Vaccine operations Central Provinces 1886-1899 - 1886-1899
Year: 1886
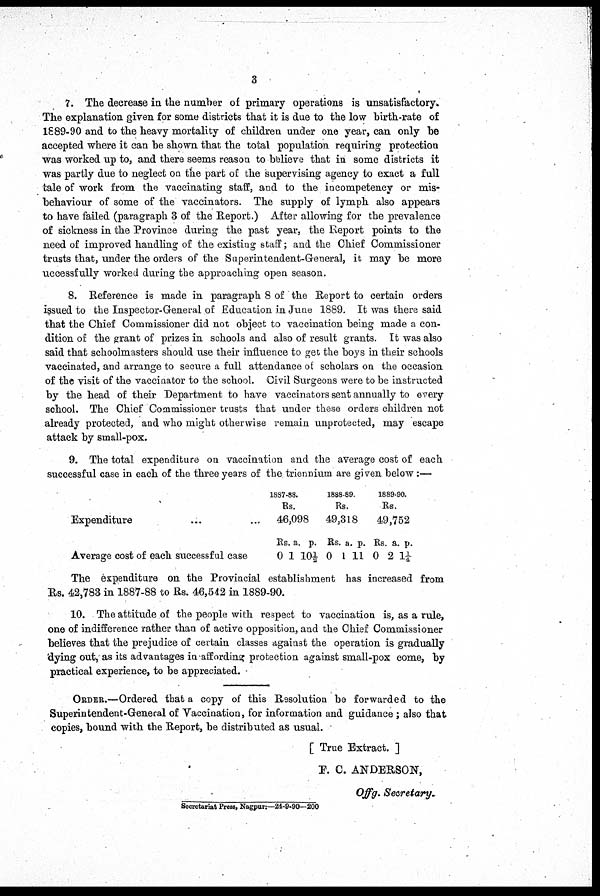
3
7. The decrease in the number of primary operations is unsatisfactory.
The explanation given for some districts that it is due to the low birth-rate of
1889-90 and to the heavy mortality of children under one year, can only be
accepted where it can be shown that the total population requiring protection
was worked up to, and there seems reason to believe that in some districts it
was partly due to neglect on the part of the supervising agency to exact a full
tale of work from the vaccinating staff, and to the incompetency or mis-
behaviour of some of the vaccinators. The supply of lymph also appears
to have failed (paragraph 3 of the Report.) After allowing for the prevalence
of sickness in the Province during the past year, the Report points to the
need of improved handling of the existing staff; and the Chief Commissioner
trusts that, under the orders of the Superintendent-General, it may be more
uccessfully worked during the approaching open season.
8. Reference is made in paragraph 8 of the Report to certain orders
issued to the Inspector-General of Education in June 1889. It was there said
that the Chief Commissioner did not object to vaccination being made a con-
dition of the grant of prizes in schools and also of result grants. It was also
said that schoolmasters should use their influence to get the boys in their schools
vaccinated, and arrange to secure a full attendance of scholars on the occasion
of the visit of the vaccinator to the school. Civil Surgeons were to be instructed
by the head of their Department to have vaccinators sent annually to every
school. The Chief Commissioner trusts that under these orders children not
already protected, and who might otherwise remain unprotected, may escape
attack by small-pox.
9. The total expenditure on vaccination and the average cost of each
successful case in each of the three years of the triennium are given below :—
Expenditure ...
1887-88.
Rs.
46,098
1888-89.
Rs.
49,318
1889-90.
Rs.
49,752
Average cost of each successful case
Rs.
0
a.
1
p.
10½
Rs.
0
a.
1
p.
11
Rs.
0
a.
2
p.
1¼
The expenditure on the Provincial establishment has increased from
Rs. 42,783 in 1887-88 to Rs. 46,542 in 1889-90.
10. The attitude of the people with respect to vaccination is, as a rule,
one of indifference rather than of active opposition, and the Chief Commissioner
believes that the prejudice of certain classes against the operation is gradually
dying out, as its advantages in affording protection against small-pox come, by
practical experience, to be appreciated.
ORDER.—Ordered that a copy of this Resolution be forwarded to the
Superintendent-General of Vaccination, for information and guidance ; also that
copies, bound with the Report, be distributed as usual.
[ True Extract. ]
E. C. ANDERSON,
Offg. Secretary.
Secretariat Press, Nagpur:—24-9-90—200